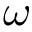
\omega